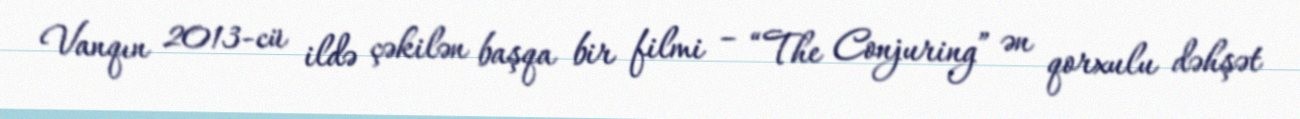
Vanqın 2013-cü ildə çəkilən başqa bir filmi – “The Conjuring” ən qorxulu dəhşət